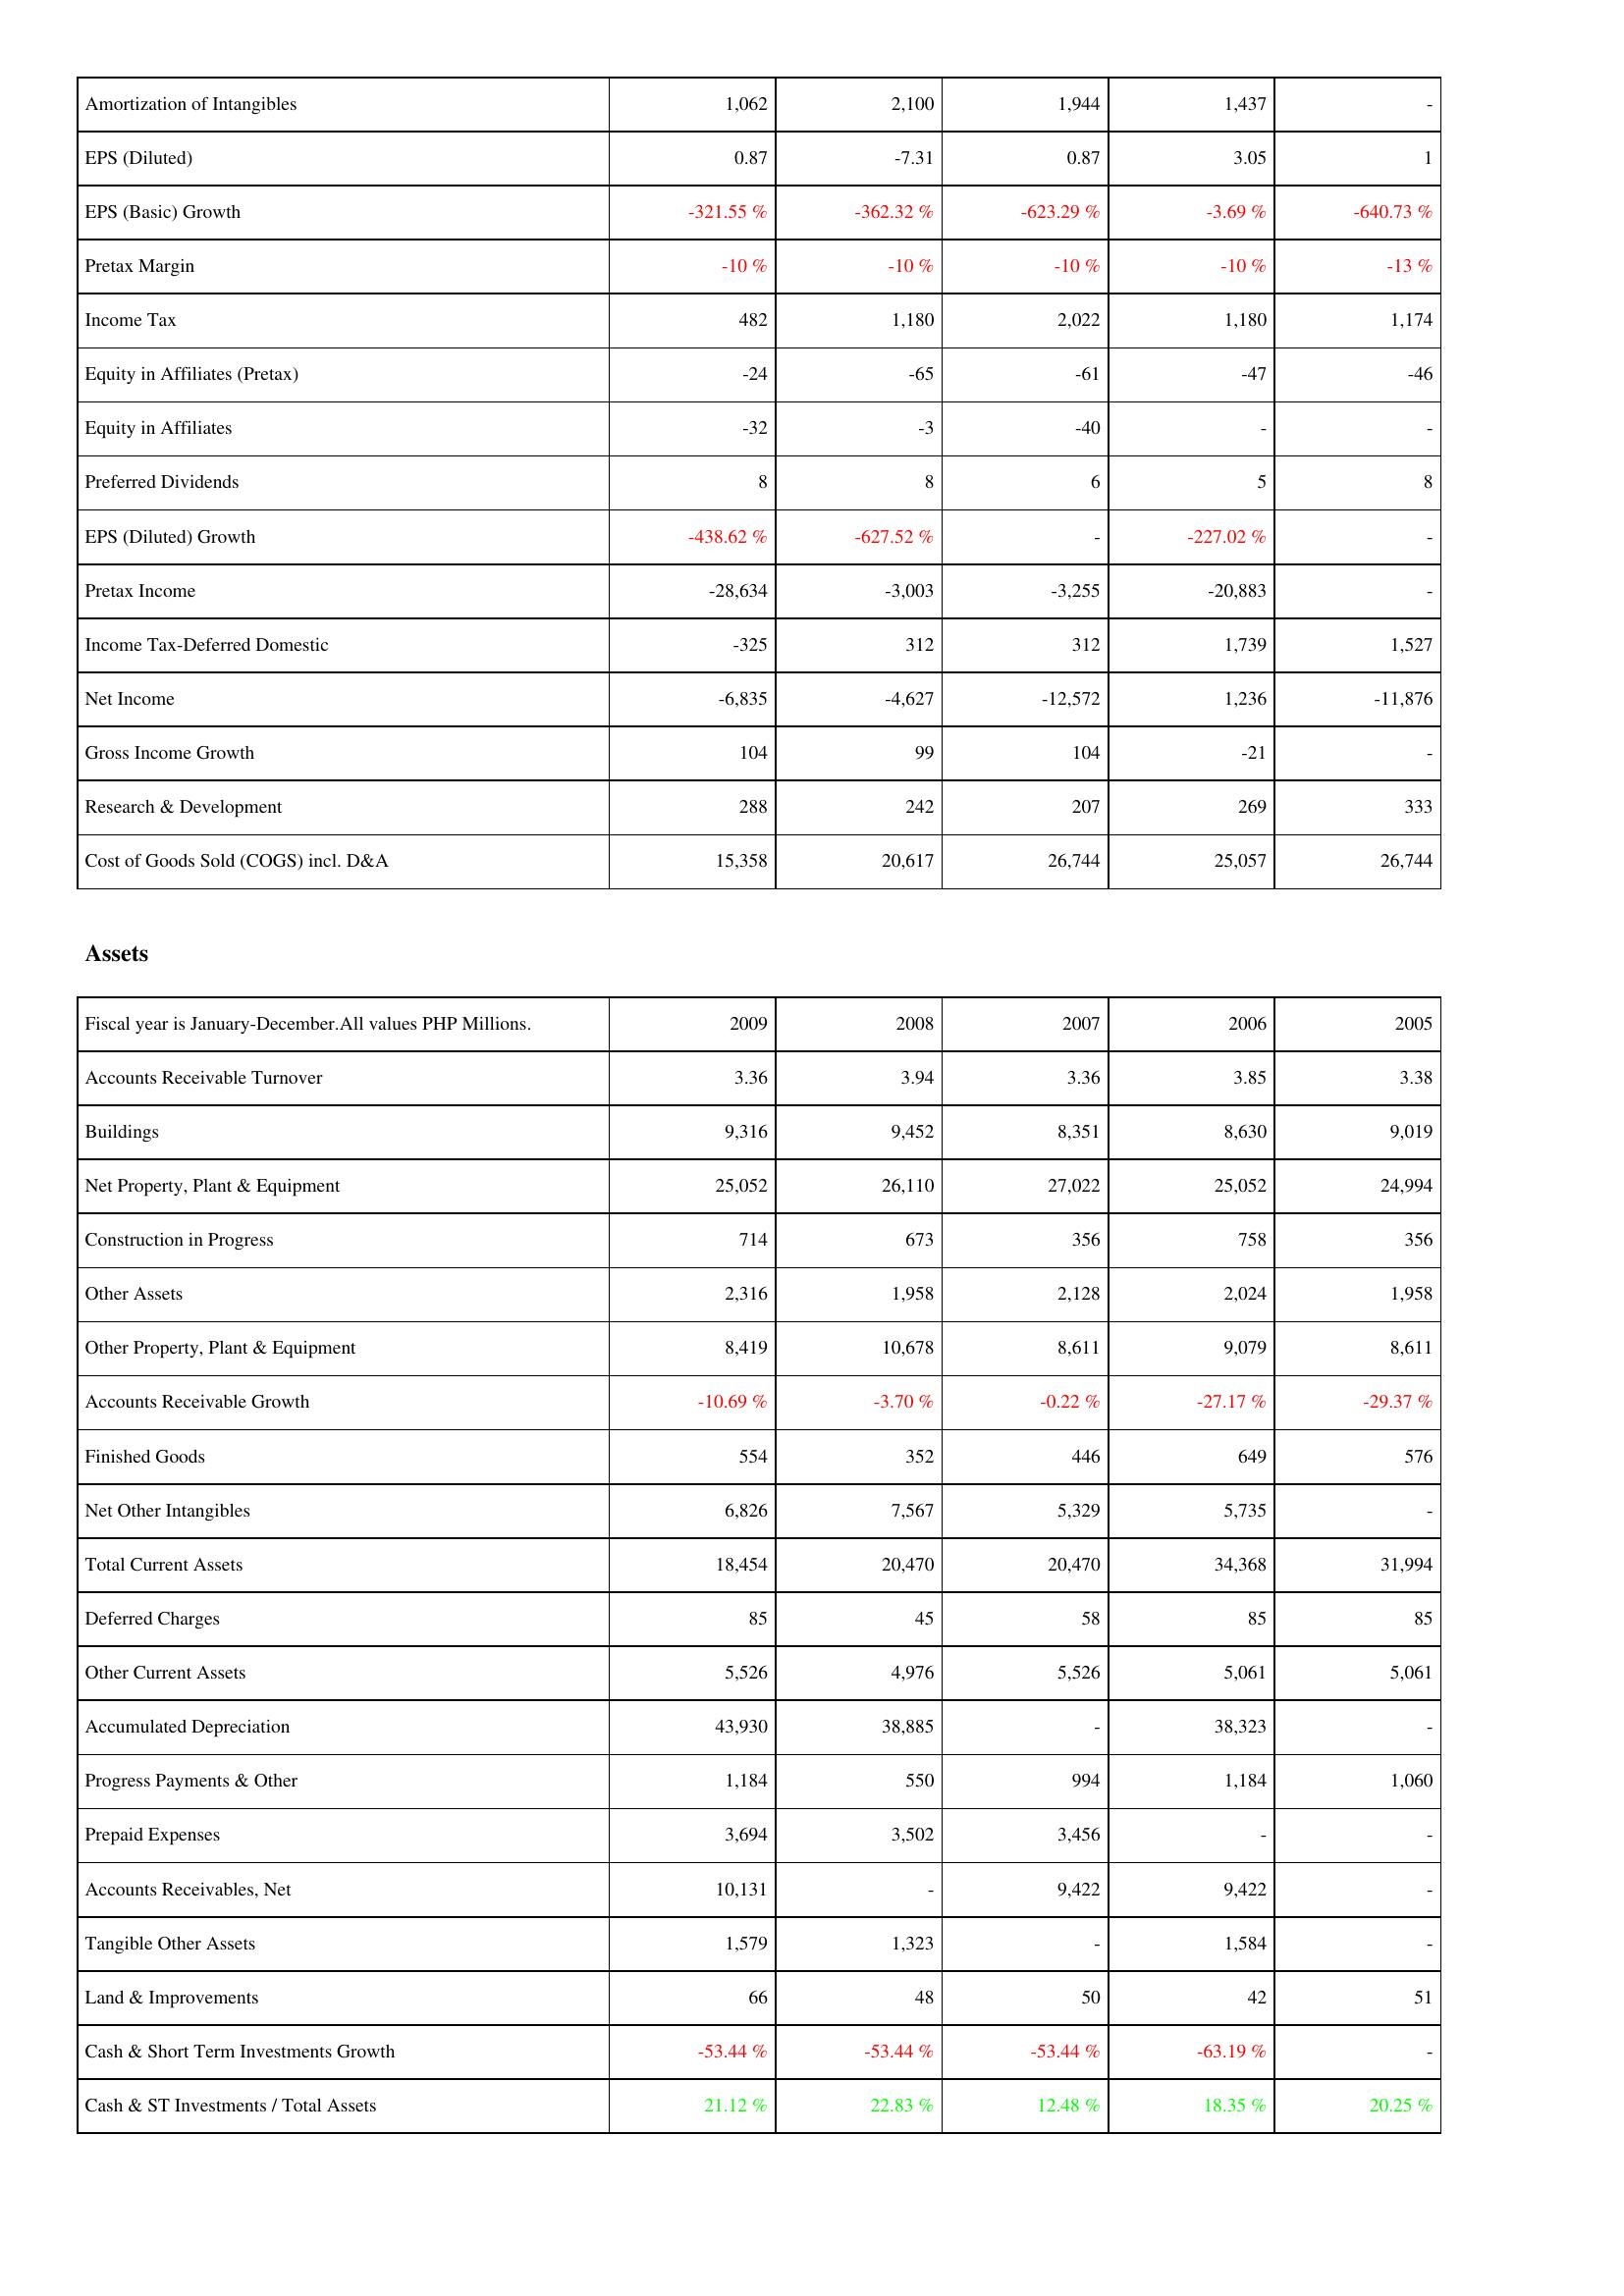
2009: Income Statement: Amortization of Intangibles: 1,062
EPS (Diluted): 0.87
EPS (Basic) Growth: -321.55 %
Pretax Margin: -10 %
Income Tax: 482
Equity in Affiliates (Pretax): -24
Equity in Affiliates: -32
Preferred Dividends: 8
EPS (Diluted) Growth: -438.62 %
Pretax Income: -28,634
Income Tax-Deferred Domestic: -325
Net Income: -6,835
Gross Income Growth: 104
Research & Development: 288
Cost of Goods Sold (COGS) incl. D&A: 15,358
Assets: Accounts Receivable Turnover: 3.36
Buildings: 9,316
Net Property, Plant & Equipment: 25,052
Construction in Progress: 714
Other Assets: 2,316
Other Property, Plant & Equipment: 8,419
Accounts Receivable Growth: -10.69 %
Finished Goods: 554
Net Other Intangibles: 6,826
Total Current Assets: 18,454
Deferred Charges: 85
Other Current Assets: 5,526
Accumulated Depreciation: 43,930
Progress Payments & Other: 1,184
Prepaid Expenses: 3,694
Accounts Receivables, Net: 10,131
Tangible Other Assets: 1,579
Land & Improvements: 66
Cash & Short Term Investments Growth: -53.44 %
Cash & ST Investments / Total Assets: 21.12 %
2008: Income Statement: Amortization of Intangibles: 2,100
EPS (Diluted): -7.31
EPS (Basic) Growth: -362.32 %
Pretax Margin: -10 %
Income Tax: 1,180
Equity in Affiliates (Pretax): -65
Equity in Affiliates: -3
Preferred Dividends: 8
EPS (Diluted) Growth: -627.52 %
Pretax Income: -3,003
Income Tax-Deferred Domestic: 312
Net Income: -4,627
Gross Income Growth: 99
Research & Development: 242
Cost of Goods Sold (COGS) incl. D&A: 20,617
Assets: Accounts Receivable Turnover: 3.94
Buildings: 9,452
Net Property, Plant & Equipment: 26,110
Construction in Progress: 673
Other Assets: 1,958
Other Property, Plant & Equipment: 10,678
Accounts Receivable Growth: -3.70 %
Finished Goods: 352
Net Other Intangibles: 7,567
Total Current Assets: 20,470
Deferred Charges: 45
Other Current Assets: 4,976
Accumulated Depreciation: 38,885
Progress Payments & Other: 550
Prepaid Expenses: 3,502
Accounts Receivables, Net: -
Tangible Other Assets: 1,323
Land & Improvements: 48
Cash & Short Term Investments Growth: -53.44 %
Cash & ST Investments / Total Assets: 22.83 %
2007: Income Statement: Amortization of Intangibles: 1,944
EPS (Diluted): 0.87
EPS (Basic) Growth: -623.29 %
Pretax Margin: -10 %
Income Tax: 2,022
Equity in Affiliates (Pretax): -61
Equity in Affiliates: -40
Preferred Dividends: 6
EPS (Diluted) Growth: -
Pretax Income: -3,255
Income Tax-Deferred Domestic: 312
Net Income: -12,572
Gross Income Growth: 104
Research & Development: 207
Cost of Goods Sold (COGS) incl. D&A: 26,744
Assets: Accounts Receivable Turnover: 3.36
Buildings: 8,351
Net Property, Plant & Equipment: 27,022
Construction in Progress: 356
Other Assets: 2,128
Other Property, Plant & Equipment: 8,611
Accounts Receivable Growth: -0.22 %
Finished Goods: 446
Net Other Intangibles: 5,329
Total Current Assets: 20,470
Deferred Charges: 58
Other Current Assets: 5,526
Accumulated Depreciation: -
Progress Payments & Other: 994
Prepaid Expenses: 3,456
Accounts Receivables, Net: 9,422
Tangible Other Assets: -
Land & Improvements: 50
Cash & Short Term Investments Growth: -53.44 %
Cash & ST Investments / Total Assets: 12.48 %
2006: Income Statement: Amortization of Intangibles: 1,437
EPS (Diluted): 3.05
EPS (Basic) Growth: -3.69 %
Pretax Margin: -10 %
Income Tax: 1,180
Equity in Affiliates (Pretax): -47
Equity in Affiliates: -
Preferred Dividends: 5
EPS (Diluted) Growth: -227.02 %
Pretax Income: -20,883
Income Tax-Deferred Domestic: 1,739
Net Income: 1,236
Gross Income Growth: -21
Research & Development: 269
Cost of Goods Sold (COGS) incl. D&A: 25,057
Assets: Accounts Receivable Turnover: 3.85
Buildings: 8,630
Net Property, Plant & Equipment: 25,052
Construction in Progress: 758
Other Assets: 2,024
Other Property, Plant & Equipment: 9,079
Accounts Receivable Growth: -27.17 %
Finished Goods: 649
Net Other Intangibles: 5,735
Total Current Assets: 34,368
Deferred Charges: 85
Other Current Assets: 5,061
Accumulated Depreciation: 38,323
Progress Payments & Other: 1,184
Prepaid Expenses: -
Accounts Receivables, Net: 9,422
Tangible Other Assets: 1,584
Land & Improvements: 42
Cash & Short Term Investments Growth: -63.19 %
Cash & ST Investments / Total Assets: 18.35 %
2005: Income Statement: Amortization of Intangibles: -
EPS (Diluted): 1
EPS (Basic) Growth: -640.73 %
Pretax Margin: -13 %
Income Tax: 1,174
Equity in Affiliates (Pretax): -46
Equity in Affiliates: -
Preferred Dividends: 8
EPS (Diluted) Growth: -
Pretax Income: -
Income Tax-Deferred Domestic: 1,527
Net Income: -11,876
Gross Income Growth: -
Research & Development: 333
Cost of Goods Sold (COGS) incl. D&A: 26,744
Assets: Accounts Receivable Turnover: 3.38
Buildings: 9,019
Net Property, Plant & Equipment: 24,994
Construction in Progress: 356
Other Assets: 1,958
Other Property, Plant & Equipment: 8,611
Accounts Receivable Growth: -29.37 %
Finished Goods: 576
Net Other Intangibles: -
Total Current Assets: 31,994
Deferred Charges: 85
Other Current Assets: 5,061
Accumulated Depreciation: -
Progress Payments & Other: 1,060
Prepaid Expenses: -
Accounts Receivables, Net: -
Tangible Other Assets: -
Land & Improvements: 51
Cash & Short Term Investments Growth: -
Cash & ST Investments / Total Assets: 20.25 %